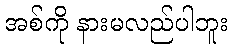
အစ်ကို နားမလည်ပါဘူး